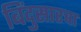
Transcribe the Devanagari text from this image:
बिंदुसारचा